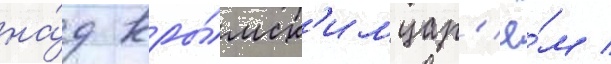
на́д кры́мск'им цар'ё́м /